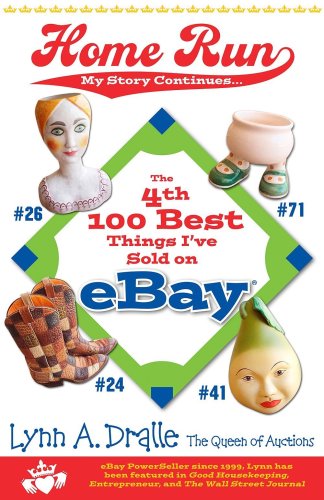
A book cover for Home Run The 4th 100 Best Things I've Sold on eBay (The 100 Best Things I've Sold on eBay); Lynn Dralle; Humor & Entertainment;